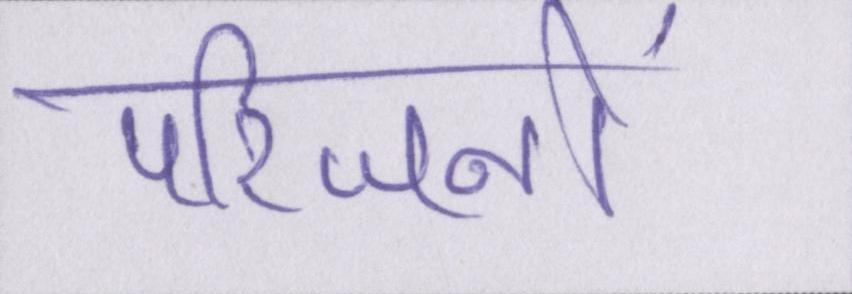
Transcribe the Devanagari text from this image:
परिजनों